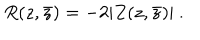
LaTeX: R ( z , \bar { z } ) = - 2 | Z ( z , \bar { z } ) | \ .